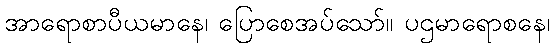
အာရောစာပီယမာနေ၊ ပြောစေအပ်သော်။ ပဌမာရောစနေ၊